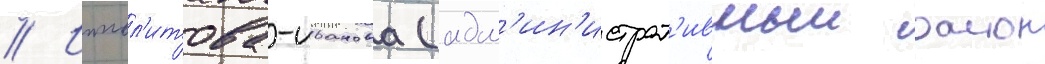
// Иппол'итова-иванова (адм'ин'истрат'ивныи раион